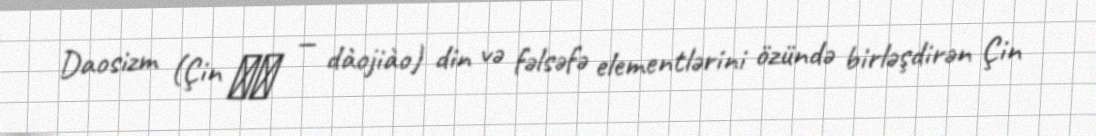
Daosizm (Çin 道教 — dàojiào) din və fəlsəfə elementlərini özündə birləşdirən Çin